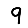
Digit: 9